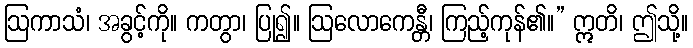
ဩကာသံ၊ အခွင့်ကို။ ကတွာ၊ ပြု၍။ ဩလောကေန္တီ၊ ကြည့်ကုန်၏။” ဣတိ၊ ဤသို့။